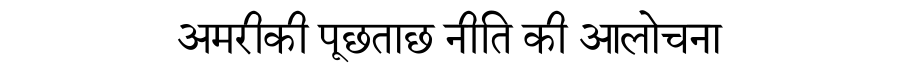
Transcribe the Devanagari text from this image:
अमरीकी पूछताछ नीति की आलोचना